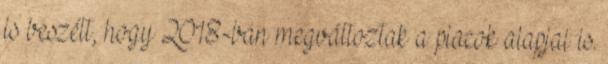
is beszélt, hogy 2018-ban megváltoztak a piacok alapjai is.